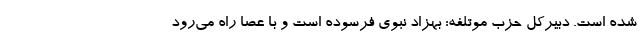
شده است. دبیرکل حزب موتلفه: بهزاد نبوی فرسوده است و با عصا راه می‌رود